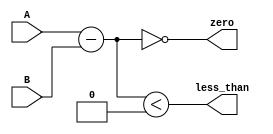
module BranchComp (
    input signed [31:0] A, B,
    output zero,
    output less_than
);
    
    assign zero = (A - B == 0);
    assign less_than = (A - B < 0);

endmodule